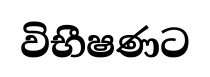
විභීෂණට